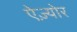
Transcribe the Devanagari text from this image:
ऐज़्योर